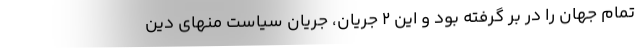
تمام جهان را در بر گرفته بود و این ۲ جریان، جریان سیاست منهای دین